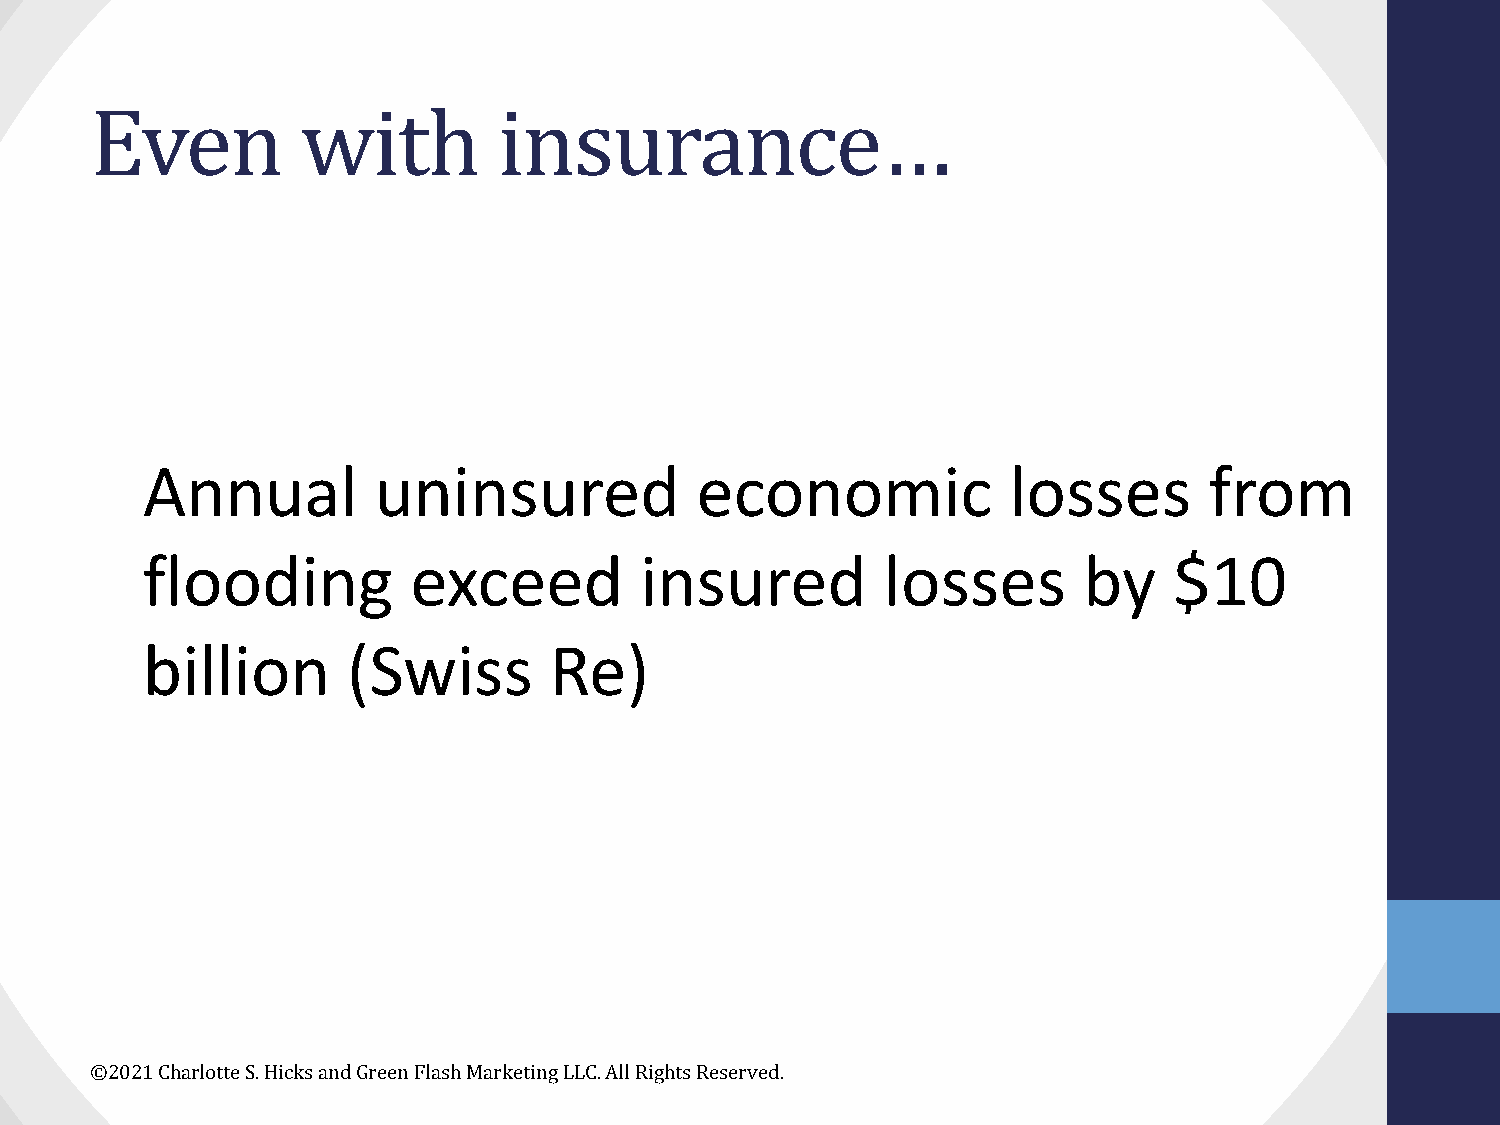
Even          with         insurance…
 Annual          uninsured            economic             losses       from
 flooding          exceed         insured          losses       by    $10
 billion       (Swiss       Re)
 ©2021 Charlotte S. Hicks and Green Flash Marketing LLC. All Rights Reserved.